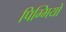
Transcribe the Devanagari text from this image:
पिग्मियों